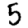
Digit: 5